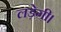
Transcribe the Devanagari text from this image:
लड़ेगी।